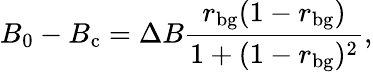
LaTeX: B_{0}-B_{\mathrm{c}}=\Delta B\frac{r_{\mathrm{bg}}(1-r_{\mathrm{bg}})}{1+(1-r_{\mathrm{bg}})^{2}},